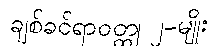
ချစ်ခင်ရာဝတ္ထု ၂-မျိုး